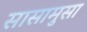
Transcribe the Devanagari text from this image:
सासामुसा